Report on vaccination proceedings throughout the Government of Bengal -
Year: 1868
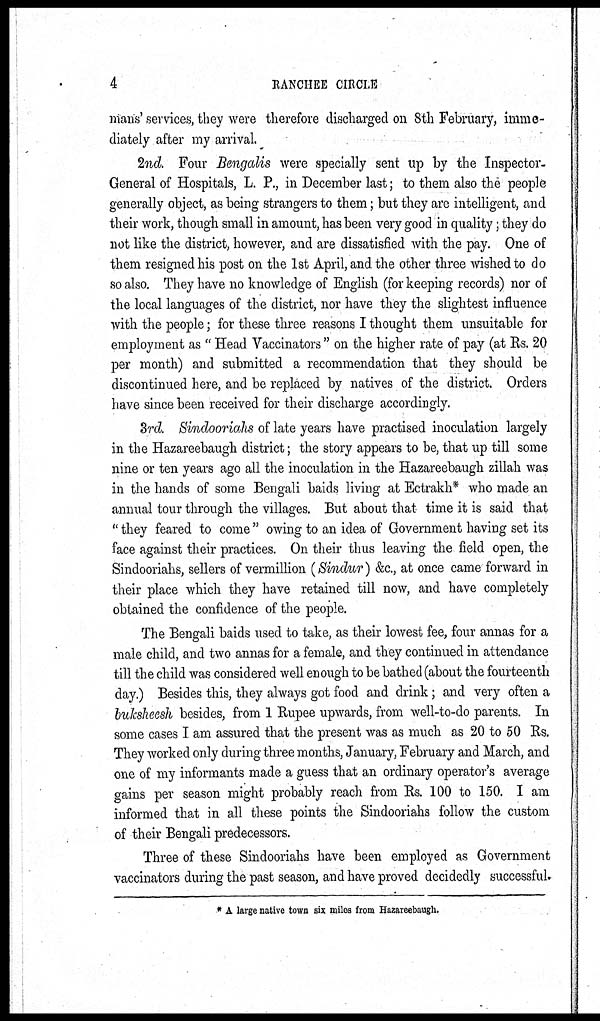
4
RANCHEE CIRCLE
mans' services, they were therefore discharged on 8th February, imme-
diately after my arrival.
2nd. Four Bengalis were specially sent up by the Inspector-
General of Hospitals, L. P., in December last; to them also the people
generally object, as being strangers to them; but they are intelligent, and
their work, though small in amount, has been very good in quality; they do
not like the district, however, and are dissatisfied with the pay. One of
them resigned his post on the 1st April, and the other three wished to do
so also. They have no knowledge of English (for keeping records) nor of
the local languages of the district, nor have they the slightest influence
with the people; for these three reasons I thought them unsuitable for
employment as " Head Vaccinators " on the higher rate of pay (at Rs. 20
per month) and submitted a recommendation that they should be
discontinued here, and be replaced by natives of the district. Orders
have since been received for their discharge accordingly.
3rd. Sindooriahs of late years have practised inoculation largely
in the Hazareebaugh district; the story appears to be, that up till some
nine or ten years ago all the inoculation in the Hazareebaugh zillah was
in the hands of some Bengali baids living at Ectrakh* who made an
annual tour through the villages. But about that time it is said that
" they feared to come " owing to an idea of Government having set its
face against their practices. On their thus leaving the field open, the
Sindooriahs, sellers of vermillion (Sindur) &c., at once came forward in
their place which they have retained till now, and have completely
obtained the confidence of the people.
The Bengali baids used to take, as their lowest fee, four annas for a
male child, and two annas for a female, and they continued in attendance
till the child was considered well enough to be bathed (about the fourteenth
day.) Besides this, they always got food and drink; and very often a
buksheesh besides, from 1 Rupee upwards, from well-to-do parents. In
some cases I am assured that the present was as much as 20 to 50 Rs.
They worked only during three months, January, February and March, and
one of my informants made a guess that an ordinary operator's average
gains per season might probably reach from Rs. 100 to 150. I am
informed that in all these points the Sindooriahs follow the custom
of their Bengali predecessors.
Three of these Sindooriahs have been employed as Government
vaccinators during the past season, and have proved decidedly successful.
* A large native town six miles from Hazareebaugh.